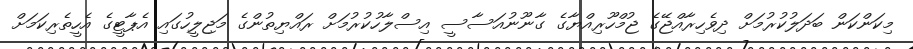
މިކަންކަން ބަދަލުކުރުމަށް ދިވެހިރާއްޖޭގެ ޖުމްހޫރިއްޔާގެ ގާނޫނުއަސާސީ އިސްލާހުކުރުމަށް ރައްޔިތުންގެ މަޖިލީހުގައި އެޕާޓީގެ އެހީތެރިކަމަށް